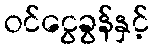
ဝင်ငွေခွန်နှင့်